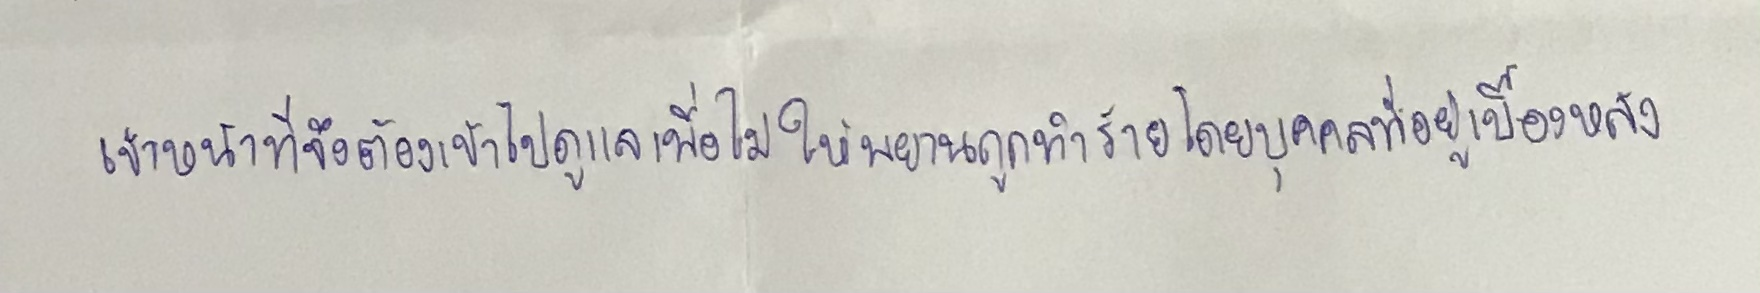
เจ้าหน้าที่จึงต้องเข้าไปดูแลเพื่อไม่ให้พยานถูกทำร้ายโดยบุคคลที่อยู่เบื้องหลัง